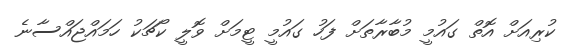
ކުރިއަށް އޮތް ގައުމީ މުބާރާތަށް ފަހު ގައުމީ ޓީމަށް ވޮލީ ކޯޗަކު ހަމައްޖައްސާނެ